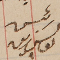
رئيس يوسف زينه